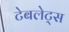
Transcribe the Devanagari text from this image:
टेबलेट्स